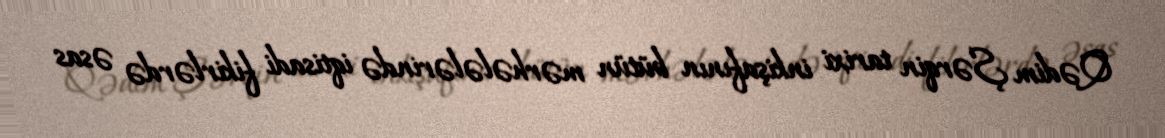
Qədim Şərqin tarixi inkişafının bütün mərhələlərində iqtisadi fikirlərdə əsas